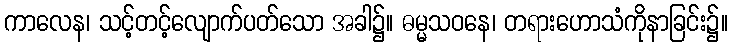
ကာလေန၊ သင့်တင့်လျောက်ပတ်သော အခါ၌။ ဓမ္မသဝနေ၊ တရားဟောသံကိုနာခြင်း၌။